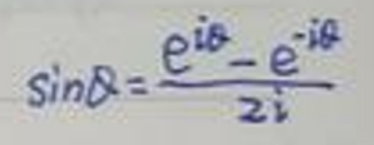
\[
\sin\theta=\frac{e^{i\theta}-e^{-i\theta}}{2i}
\]